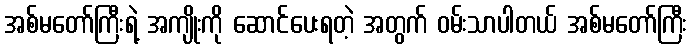
အစ်မတော်ကြီးရဲ့ အကျိုးကို ဆောင်ပေးရတဲ့ အတွက် ဝမ်းသာပါတယ် အစ်မတော်ကြီး